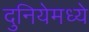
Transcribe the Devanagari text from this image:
दुनियेमध्ये